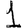
Digit: 1